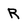
Character: R